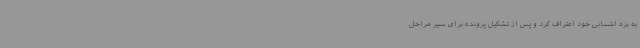
به بزه انتسابی خود اعتراف کرد و پس از تشکیل پرونده برای سیر مراحل